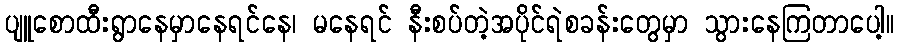
ပျူစောထီးရွာနေမှာနေရင်နေ၊ မနေရင် နီးစပ်တဲ့အပိုင်ရဲစခန်းတွေမှာ သွားနေကြတာပေါ့။